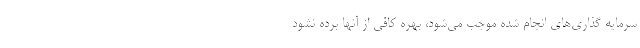
سرمایه گذاری‌های انجام شده موجب می‌شود، بهره کافی از آنها برده نشود